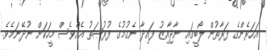
އަހަރެންގެ ފަރާތުން ލޯބީގައި ނާޖާއިޒު ފައިދާ ނެގުމުގެ ފުރުޞަތު އެއްވެސް މީހަކަށް ނުދޭނަމެވެ.